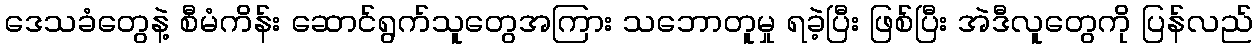
ဒေသခံတွေနဲ့ စီမံကိန်း ဆောင်ရွက်သူတွေအကြား သဘောတူမှု ရခဲ့ပြီး ဖြစ်ပြီး အဲဒီလူတွေကို ပြန်လည်